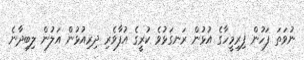
ނުވަތަ ފަހުން ފިރިމީހާގެ އުޅުން ރަނގަޅުވެ ކުރީގެ އުފާވެރި ދިރިއުޅުން އަލުން ލިބިދާނެ